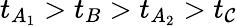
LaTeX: t_{A_{1}}>t_{B}>t_{A_{2}}>t_{\mathcal{C}}